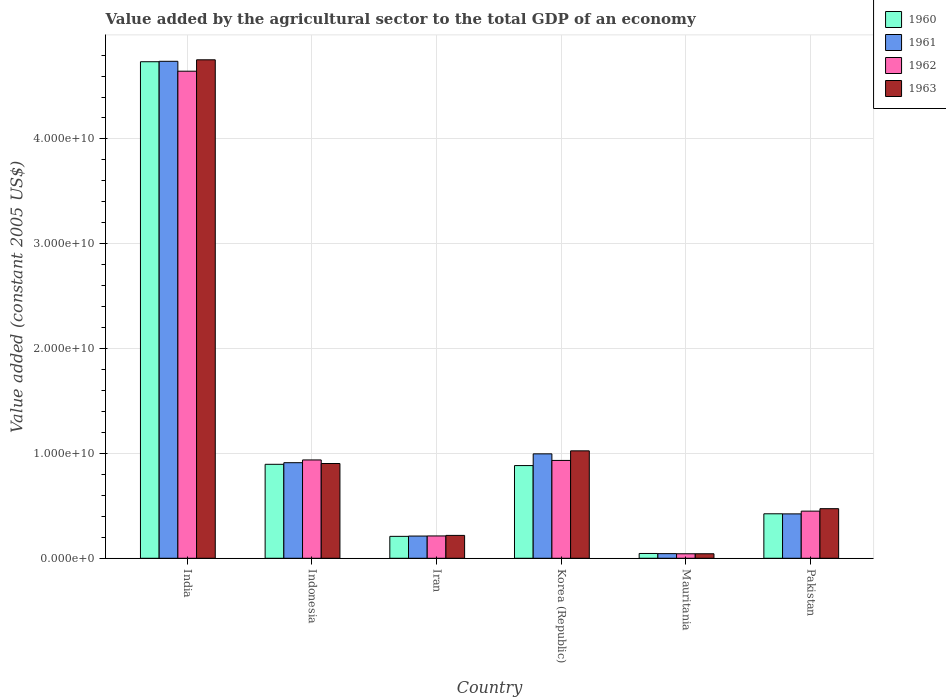
| Country | 1960 | 1961 | 1962 | 1963 |
 | --- | --- | --- | --- | --- |
 | India | 4.74e+10 | 4.74e+10 | 4.65e+10 | 4.76e+10 |
 | Indonesia | 8.96e+09 | 9.12e+09 | 9.38e+09 | 9.04e+09 |
 | Iran | 2.09e+09 | 2.12e+09 | 2.13e+09 | 2.18e+09 |
 | Korea (Republic) | 8.84e+09 | 9.96e+09 | 9.33e+09 | 1.02e+10 |
 | Mauritania | 4.57e+08 | 4.42e+08 | 4.29e+08 | 4.3e+08 |
 | Pakistan | 4.24e+09 | 4.23e+09 | 4.5e+09 | 4.73e+09 |